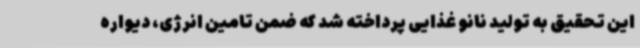
این تحقیق به تولید نانو غذایی پرداخته شد که ضمن تامین انرژی، دیواره